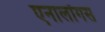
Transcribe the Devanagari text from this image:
एनालॉगस